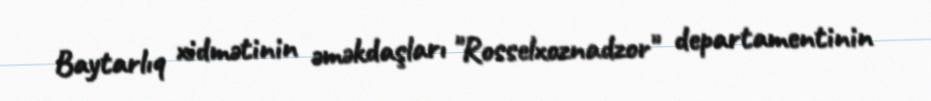
Baytarlıq xidmətinin əməkdaşları "Rosselxoznadzor" departamentinin